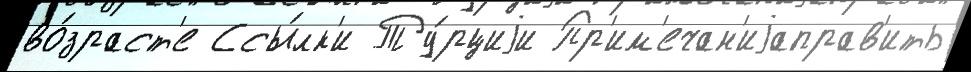
во́зраст'е Ссы́лк'и Ту́рциjи Пр'им'ечан'иjаправ'ить